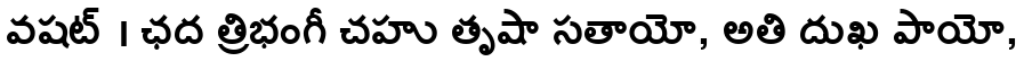
వషట్ । ఛద త్రిభంగీ చహు తృషా సతాయో, అతి దుఖ పాయో,